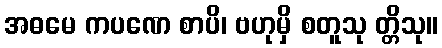
အဓမေ ကပဏေ စာပိ၊ ဗဟုမှိ စတူသု တ္တိသု။